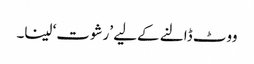
ووٹ ڈالنے کےلیے ’رشوت‘ لینا۔